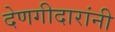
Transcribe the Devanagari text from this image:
देणगीदारांनी